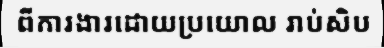
ពីការងារដោយប្រយោល រាប់សិប